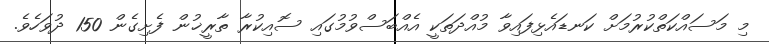
މި މަސައްކަތްކުރުމަށް ކަނޑައެޅިފައިވާ މުއްދަތަކީ އެއްބަސްވުމުގައި ސޮއިކުރާ ތާރީޚުން ފެށިގެން 150 ދުވަހެވެ.